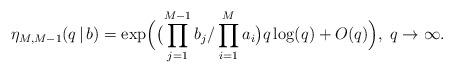
LaTeX: \begin{align*}\eta_{M, M-1}(q\,|\,b) = \exp\Bigl(\bigl(\prod\limits_{j=1}^{M-1} b_j/\prod\limits_{i=1}^M a_i\bigr) q\log(q) +O(q)\Bigr), \;q\rightarrow\infty.\end{align*}